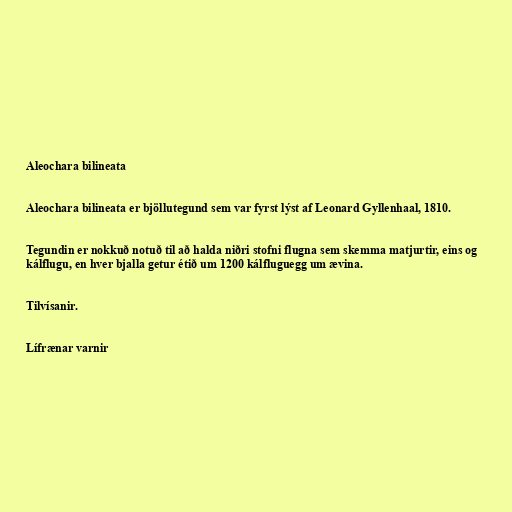
Aleochara bilineata

Aleochara bilineata er bjöllutegund sem var fyrst lýst af Leonard Gyllenhaal, 1810.

Tegundin er nokkuð notuð til að halda niðri stofni flugna sem skemma matjurtir, eins og
kálflugu, en hver bjalla getur étið um 1200 kálfluguegg um ævina.

Tilvísanir.

Lífrænar varnir